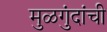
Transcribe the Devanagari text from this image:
मुळगुंदांची